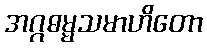
အဂ္ဂဓမ္မသမာဟိတော